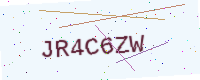
Text: JR4C6ZW